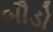
બૌડો